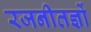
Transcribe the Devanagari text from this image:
रजनीतज्ञों